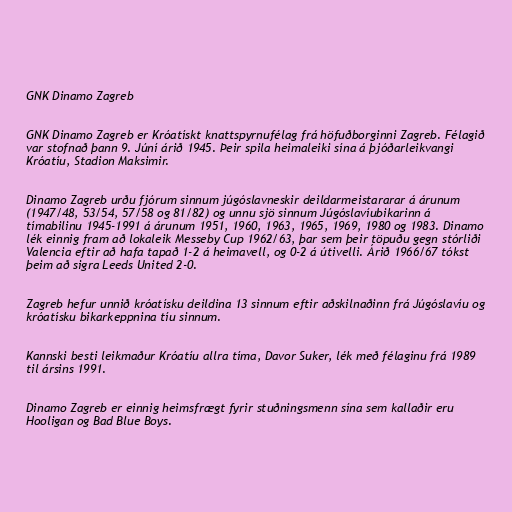
GNK Dinamo Zagreb

GNK Dinamo Zagreb er Króatískt knattspyrnufélag frá höfuðborginni Zagreb. Félagið
var stofnað þann 9. Júní árið 1945. Þeir spila heimaleiki sína á þjóðarleikvangi
Króatíu, Stadion Maksimir.

Dinamo Zagreb urðu fjórum sinnum júgóslavneskir deildarmeistararar á árunum
(1947/48, 53/54, 57/58 og 81/82) og unnu sjö sinnum Júgóslavíubikarinn á
tímabilinu 1945-1991 á árunum 1951, 1960, 1963, 1965, 1969, 1980 og 1983. Dinamo
lék einnig fram að lokaleik Messeby Cup 1962/63, þar sem þeir töpuðu gegn stórliði
Valencia eftir að hafa tapað 1-2 á heimavell, og 0-2 á útivelli. Árið 1966/67 tókst
þeim að sigra Leeds United 2-0.

Zagreb hefur unnið króatísku deildina 13 sinnum eftir aðskilnaðinn frá Júgóslavíu og
króatísku bikarkeppnina tíu sinnum.

Kannski besti leikmaður Króatíu allra tíma, Davor Suker, lék með félaginu frá 1989
til ársins 1991.

Dinamo Zagreb er einnig heimsfrægt fyrir stuðningsmenn sína sem kallaðir eru
Hooligan og Bad Blue Boys.